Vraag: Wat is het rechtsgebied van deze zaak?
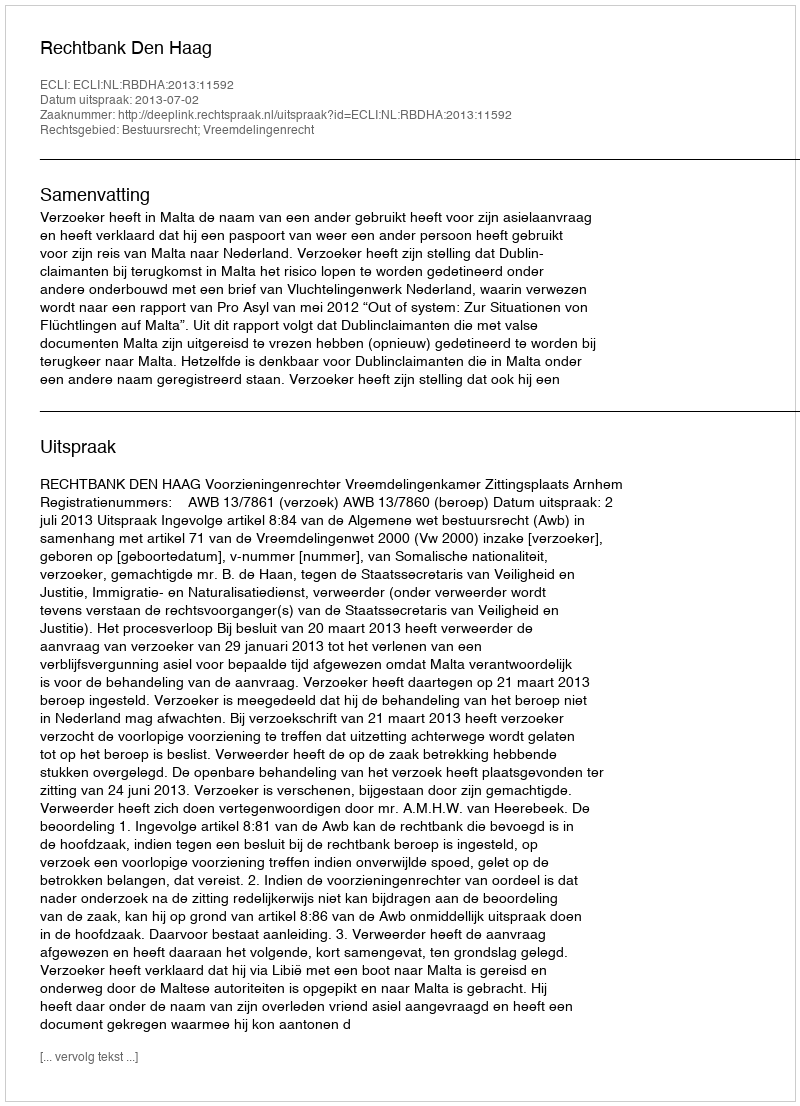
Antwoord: Bestuursrecht; Vreemdelingenrecht